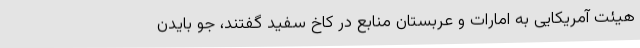
هیئت آمریکایی به امارات و عربستان منابع در کاخ سفید گفتند، جو بایدن